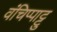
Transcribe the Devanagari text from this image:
वंचिप्पाट्टु